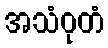
အသံဝုတံ